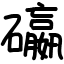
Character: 䃷